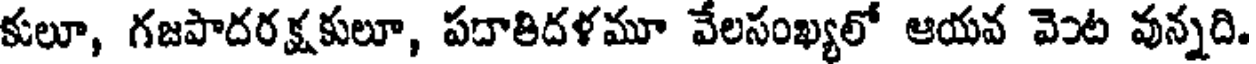
కులూ, గజపాదరక్షకులూ, పదాతిదళమూ వేలసంఖ్యలో ఆయవ వెంట వున్నది.